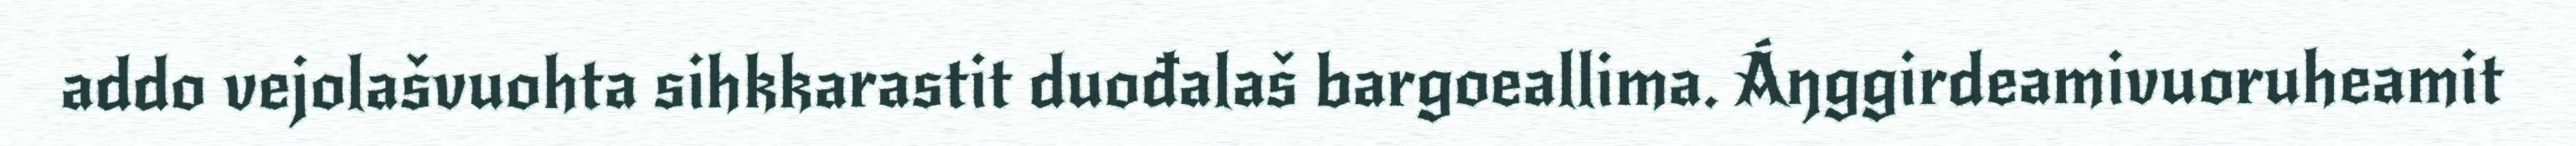
addo vejolašvuohta sihkkarastit duođalaš bargoeallima. Áŋggirdeamivuoruheamit